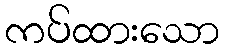
ကပ်ထားသော